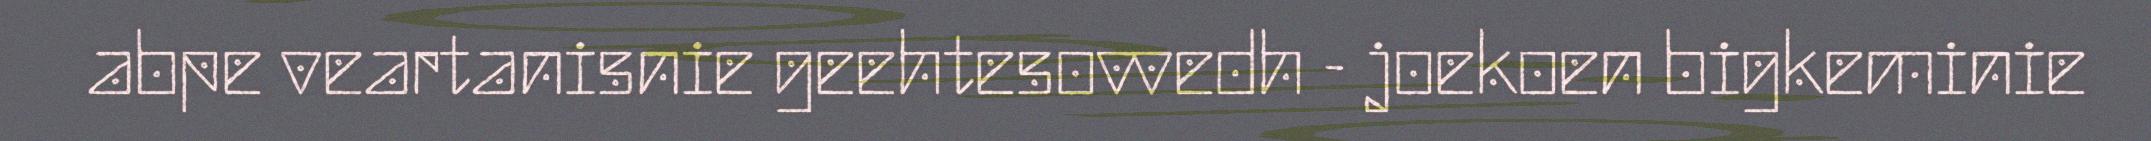
abpe veartanisnie geehtesovvedh - joekoen bigkeminie